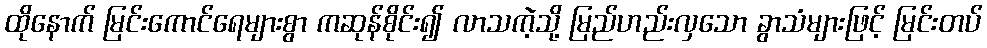
ထိုနောက် မြင်းကောင်ရေများစွာ ကဆုန်စိုင်း၍ လာသကဲ့သို့ မြည်ဟည်းလှသော ခွာသံများဖြင့် မြင်းတပ်